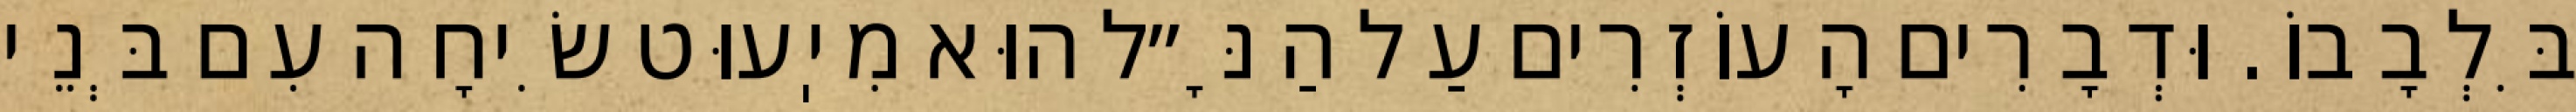
בִּלְבָבוֹ. וּדְבָרִים הָעוֹזְרִים עַל הַנָּ״ל הוּא מִיֽעוּט שִׂיחָה עִם בְּנֵי